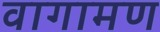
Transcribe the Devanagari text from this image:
वागामण